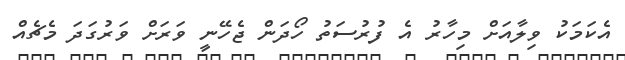
އެކަމަކު ވިލާއަށް މިހާރު އެ ފުރުސަތު ހޯދަން ޖެހޭނީ ވަރަށް ވަރުގަދަ މެޗެއް